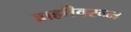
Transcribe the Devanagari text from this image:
ब्राह्मीवरून